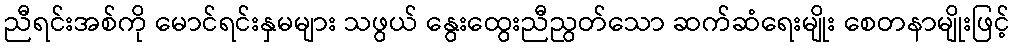
ညီရင်းအစ်ကို မောင်ရင်းနှမများ သဖွယ် နွေးထွေးညီညွတ်သော ဆက်ဆံရေးမျိုး စေတနာမျိုးဖြင့်